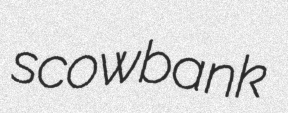
scowbank